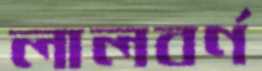
লালবর্ণ